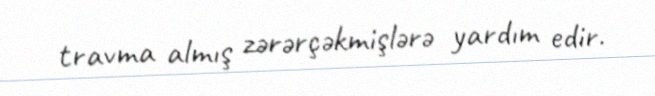
travma almış zərərçəkmişlərə yardım edir.